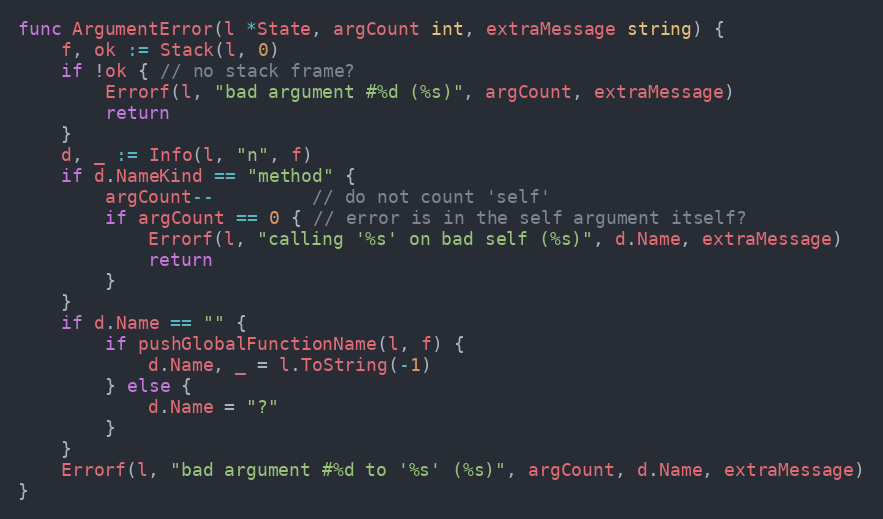
Language: Go
func ArgumentError(l *State, argCount int, extraMessage string) {
	f, ok := Stack(l, 0)
	if !ok { // no stack frame?
		Errorf(l, "bad argument #%d (%s)", argCount, extraMessage)
		return
	}
	d, _ := Info(l, "n", f)
	if d.NameKind == "method" {
		argCount--         // do not count 'self'
		if argCount == 0 { // error is in the self argument itself?
			Errorf(l, "calling '%s' on bad self (%s)", d.Name, extraMessage)
			return
		}
	}
	if d.Name == "" {
		if pushGlobalFunctionName(l, f) {
			d.Name, _ = l.ToString(-1)
		} else {
			d.Name = "?"
		}
	}
	Errorf(l, "bad argument #%d to '%s' (%s)", argCount, d.Name, extraMessage)
}